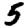
Digit: 5